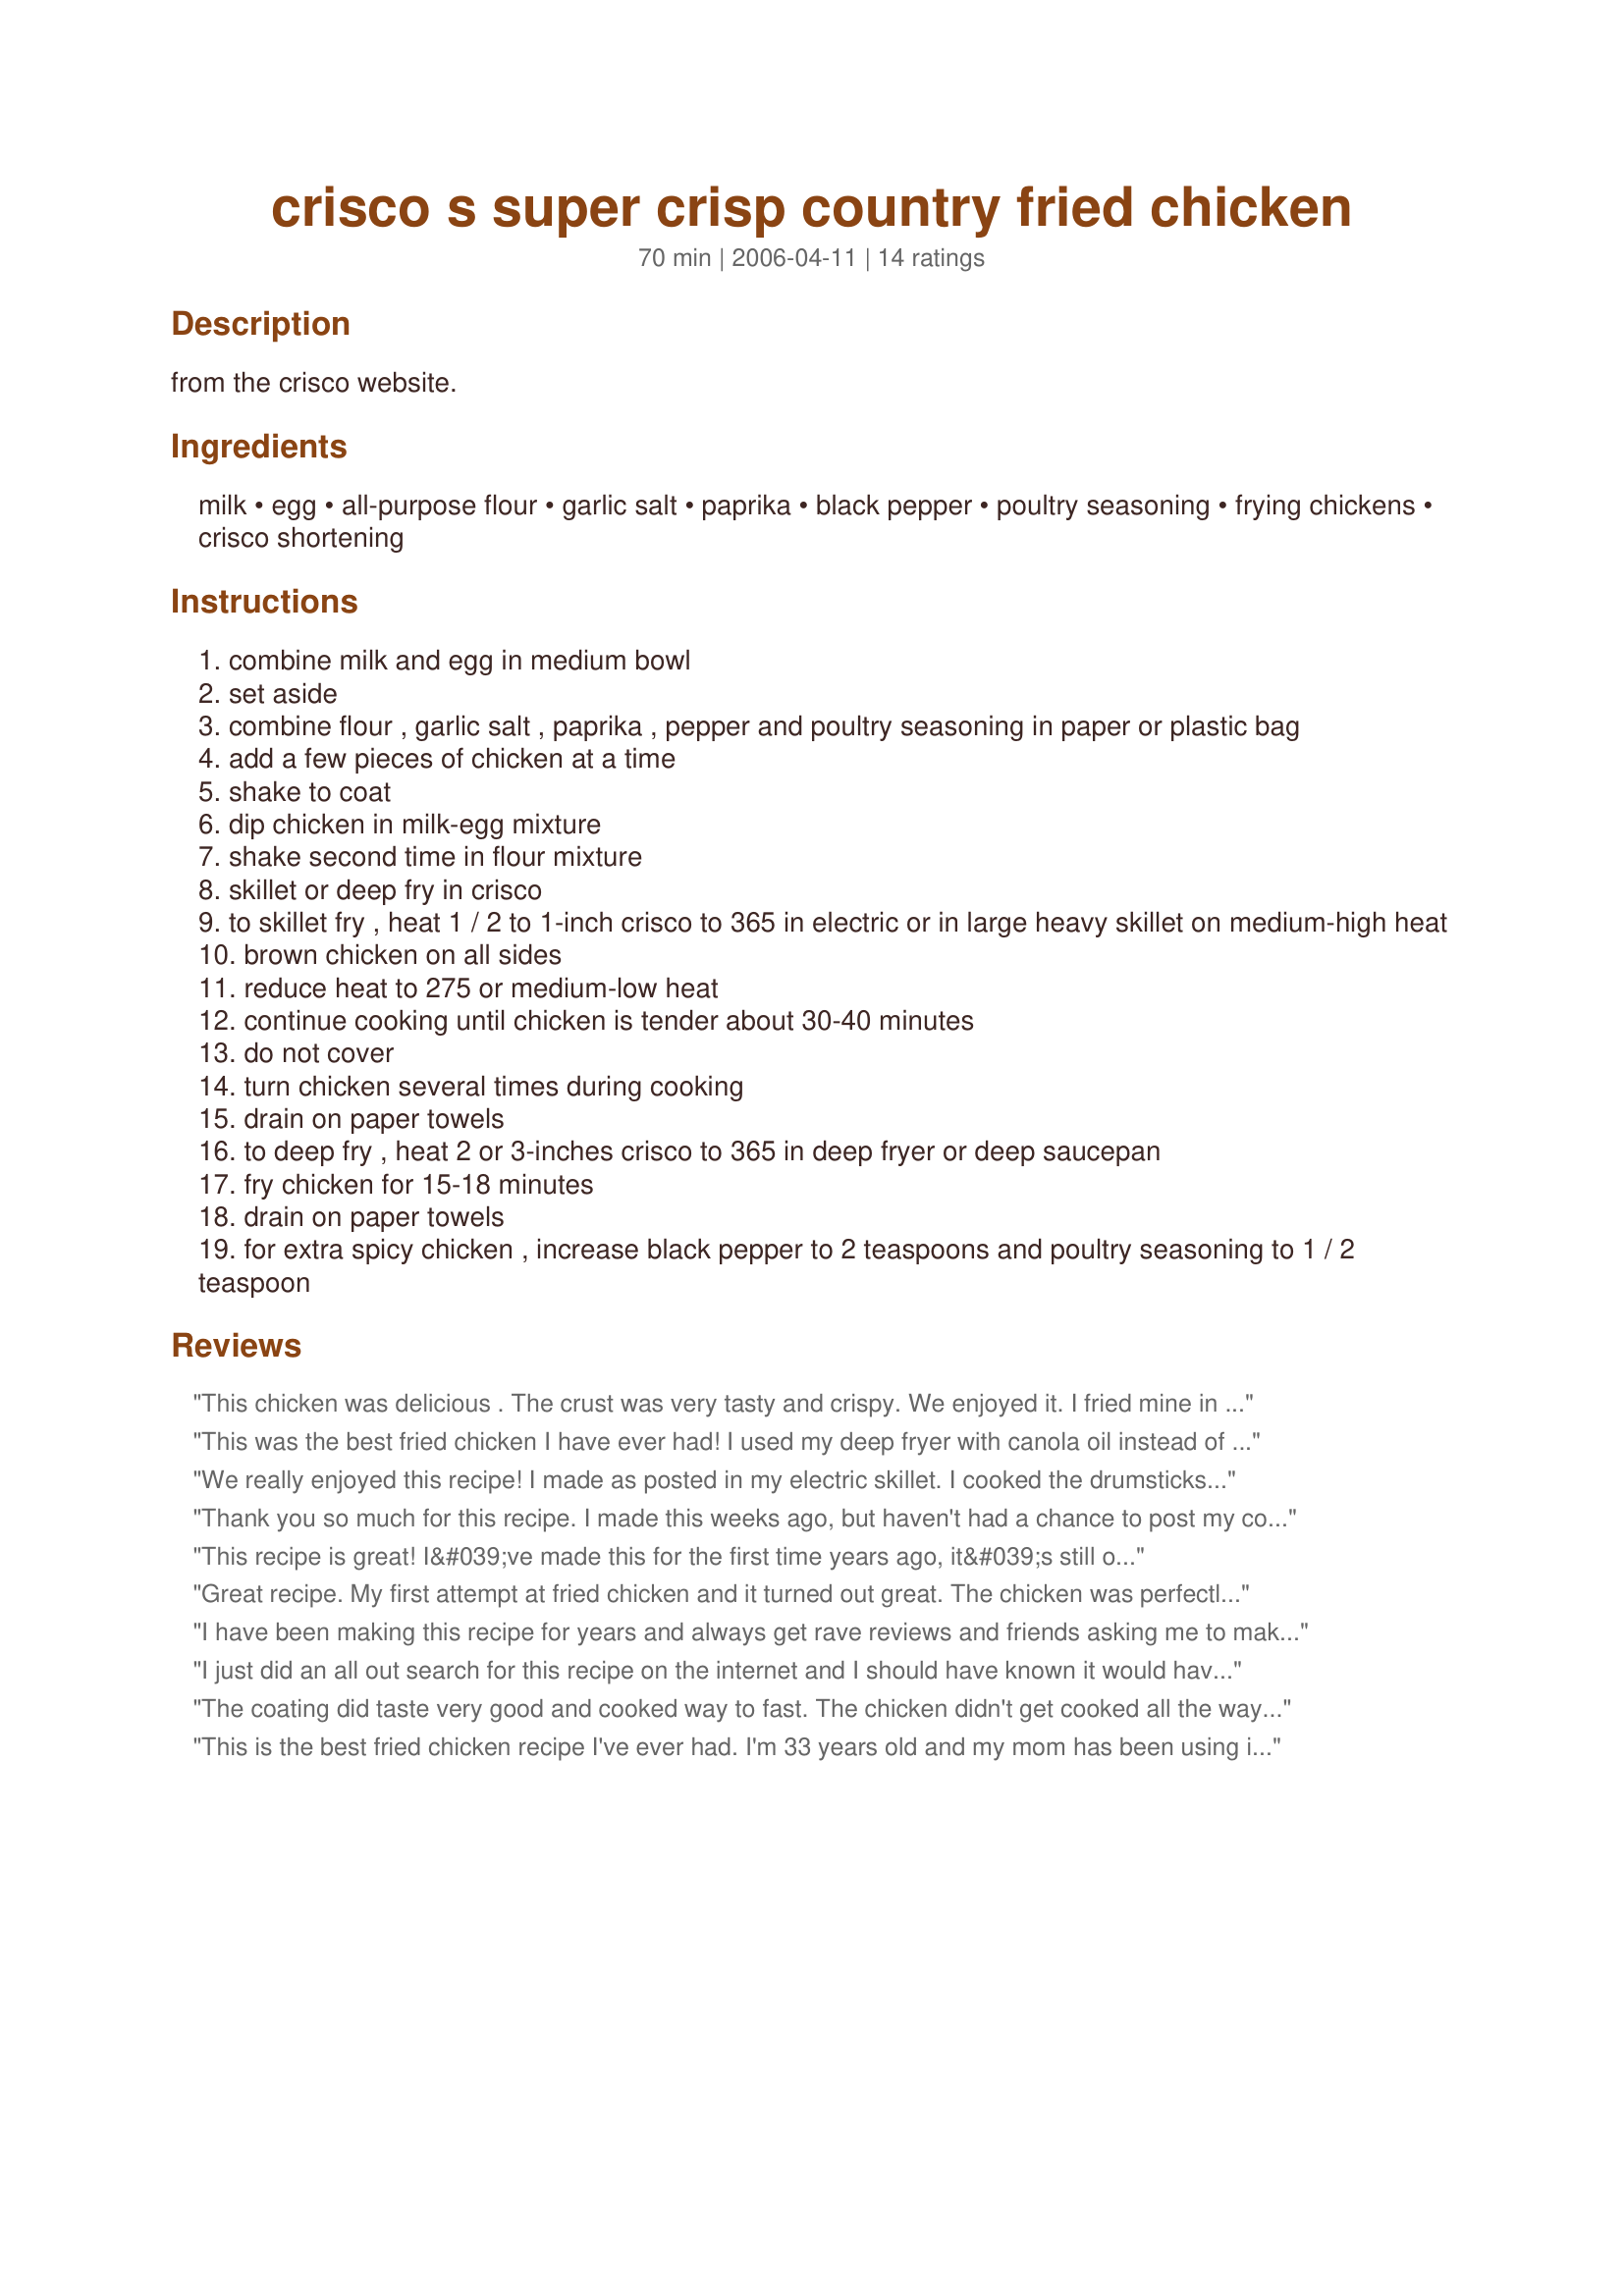
crisco s super crisp country fried chicken
Preparation time: 70 minutes

from the crisco website.

Ingredients:
milk, egg, all-purpose flour, garlic salt, paprika, black pepper, poultry seasoning, frying chickens, crisco shortening

Steps:
combine milk and egg in medium bowl
set aside
combine flour , garlic salt , paprika , pepper and poultry seasoning in paper or plastic bag
add a few pieces of chicken at a time
shake to coat
dip chicken in milk-egg mixture
shake second time in flour mixture
skillet or deep fry in crisco
to skillet fry , heat 1 / 2 to 1-inch crisco to 365 in electric or in large heavy skillet on medium-high heat
brown chicken on all sides
reduce heat to 275 or medium-low heat
continue cooking until chicken is tender about 30-40 minutes
do not cover
turn chicken several times during cooking
drain on paper towels
to deep fry , heat 2 or 3-inches crisco to 365 in deep fryer or deep saucepan
fry chicken for 15-18 minutes
drain on paper towels
for extra spicy chicken , increase black pepper to 2 teaspoons and poultry seasoning to 1 / 2 teaspoon

Reviews:
This chicken was delicious . The crust was very tasty and crispy. We enjoyed it. I fried mine in a skillet. 

Thanks looneytunesfan.

Bullwinkle.
This was the best fried chicken I have ever had! I used my deep fryer with canola oil instead of crisco. DH is watching his weight. My family absolutly loved it. Thanks for a great recipe.
We really enjoyed this recipe! I made as posted in my electric skillet. I cooked the drumsticks about 35 minutes and the skin was nice and crunchy and the chicken prefectly cooked. Thanks for posting!!
Thank you so much for this recipe. I made this weeks ago, but haven't had a chance to post my comment. Finally a recipe that not only does the chicken stay CRISPY, it's tasty too! The only thing i did different was let the chicken soak in buttermilk for a few hours. Once i drained it, i followed your recipe exactly and it was delicous! It will be a keeper for sure in my house! Thanks again!
This recipe is great! I&#039;ve made this for the first time years ago, it&#039;s still one of our favorites. The only trouble now is finding a 2&frac12; to 3-pound chicken. Difficult to find one under 4 pounds. It&#039;s nice to see some of the old favorites coming to this site.
Great recipe. My first attempt at fried chicken and it turned out great. The chicken was perfectly cooked and the skin was crunchy and delicious. Thanks!
I have been making this recipe for years and always get rave reviews and friends asking me to make it for them. There is one ingredient missing from the original recipe and that is Accent. (MSG) This ingredient is what makes it so delicious and I can&#039;t find the original recipe to know how much to use. It is very bland in my opinion without it and very very few people have a mild and temporary allergic reaction to it according the major medical sites. How much do I use? Does anyone know???
I just did an all out search for this recipe on the internet and I should have known it would have led me back to my favorite site! This recipe has been around since I first got married in the mid-70's and one we always loved. I too got it off the Crisco can. I always made it in an electric skillet and made the extra spicy version. Thanks so much posting. I will have easy access to it now!
The coating did taste very good and cooked way to fast. The chicken didn't get cooked all the way through but the breading was too dark. I made sure my oil wasn't too hot too and tried a second time, but it still wasn't great.
This is the best fried chicken recipe I've ever had. I'm 33 years old and my mom has been using it since I could remember. She still has the original first recipe that came under the lid of The old school Crisco can. Yummy!!!!!!!!!!
Excellent recipe. I tried it tonight, without Crisco. I didn't have any so I used vegetable oil in it's place. My kids are coming to visit on Memorial Day weekend, I'll make sure they taste Dad's new fried chicken. With Crisco, of course! Thanks.
I just had to try this recipe after watching the movie "The Help". It turned out great. The crispy skin and extremely moist meat made it taste fantastic.
Really nice chicken! I made mine slightly differently. I coated mine with the flour mixture and microwaved for about 3mins, coated again and placed under a hot grill.
it was crispy and tasty. good for weight watchers! THANK FOR POSTING.
Tried pre-steaming drumsticks slightly before following this receipe since it's tough to tell if the inside is fully cooked when the outside is brown & crispy. I read this somewhere on Zaar & it worked well for me. The chicken was very crispy but the flavour of the coating was not quite what I was looking for but we still enjoyed. My search goes on... Thanks!
